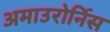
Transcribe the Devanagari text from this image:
अमाउरोर्निस